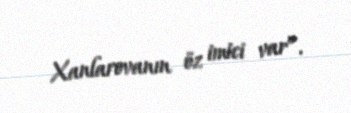
Xanlarovanın öz imici var”.